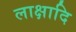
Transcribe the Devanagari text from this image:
लाक्षादि